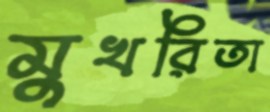
মুখরিতা